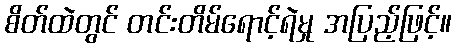
စိတ်ထဲတွင် တင်းတိမ်ရောင့်ရဲမှု အပြည့်ဖြင့်။